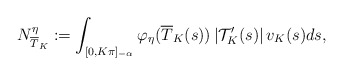
\begin{align*}N^{\eta}_{\overline{T}_K}:=\int_{[0,K\pi]_{-\alpha}}\varphi_{\eta}(\overline{T}_K(s))\left|\mathcal {T}^{\prime}_K(s)\right|v_K(s)ds,\end{align*}